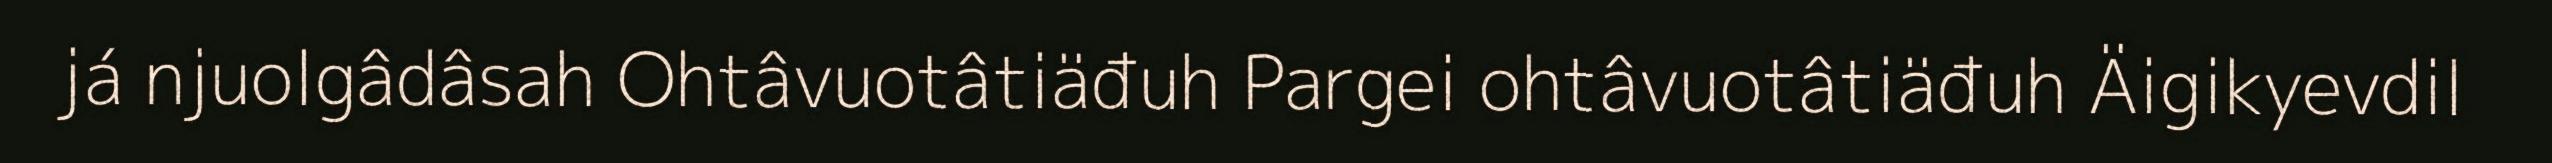
já njuolgâdâsah Ohtâvuotâtiäđuh Pargei ohtâvuotâtiäđuh Äigikyevdil